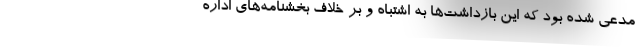
مدعی شده بود که این بازداشت‌ها به اشتباه و بر خلاف بخشنامه‌های اداره